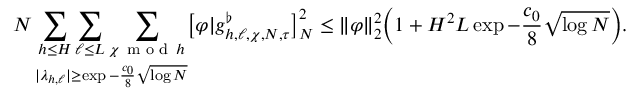
N \mathop { \sum _ { h \le H } \sum _ { \ell \le L } \sum _ { \chi \mathbin { \, \textrm { m o d } \, } h } } _ { | \lambda _ { h , \ell } | \ge \exp - \frac { c _ { 0 } } { 8 } \sqrt { \log N } } \bigl [ \varphi | g _ { h , \ell , \chi , N , \tau } ^ { \flat } \bigr ] _ { N } ^ { 2 } \le \| \varphi \| _ { 2 } ^ { 2 } \Bigl ( 1 + H ^ { 2 } L \exp - \frac { c _ { 0 } } { 8 } \sqrt { \log N } \Bigr ) .